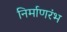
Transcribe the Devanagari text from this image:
निर्माणरंभ